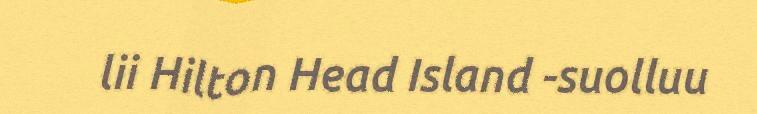
lii Hilton Head Island -suolluu